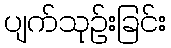
ပျက်သုဉ်းခြင်း